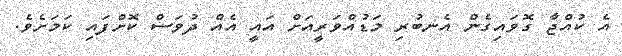
އެ ކުއްޖާ ގޮވައިގެން އެނބުރި މަޑުއްވަރީއަށް އައީ އެއް ދުވަސް ކޮށްފައި ކަމަށެވެ.